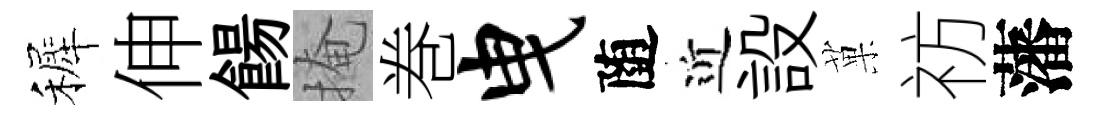
裤伸餳掩巻曳随近設菓祊藩